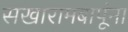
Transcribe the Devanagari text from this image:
सखारामबापूंना